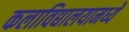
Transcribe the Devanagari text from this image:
कलाविद्यालयामध्ये